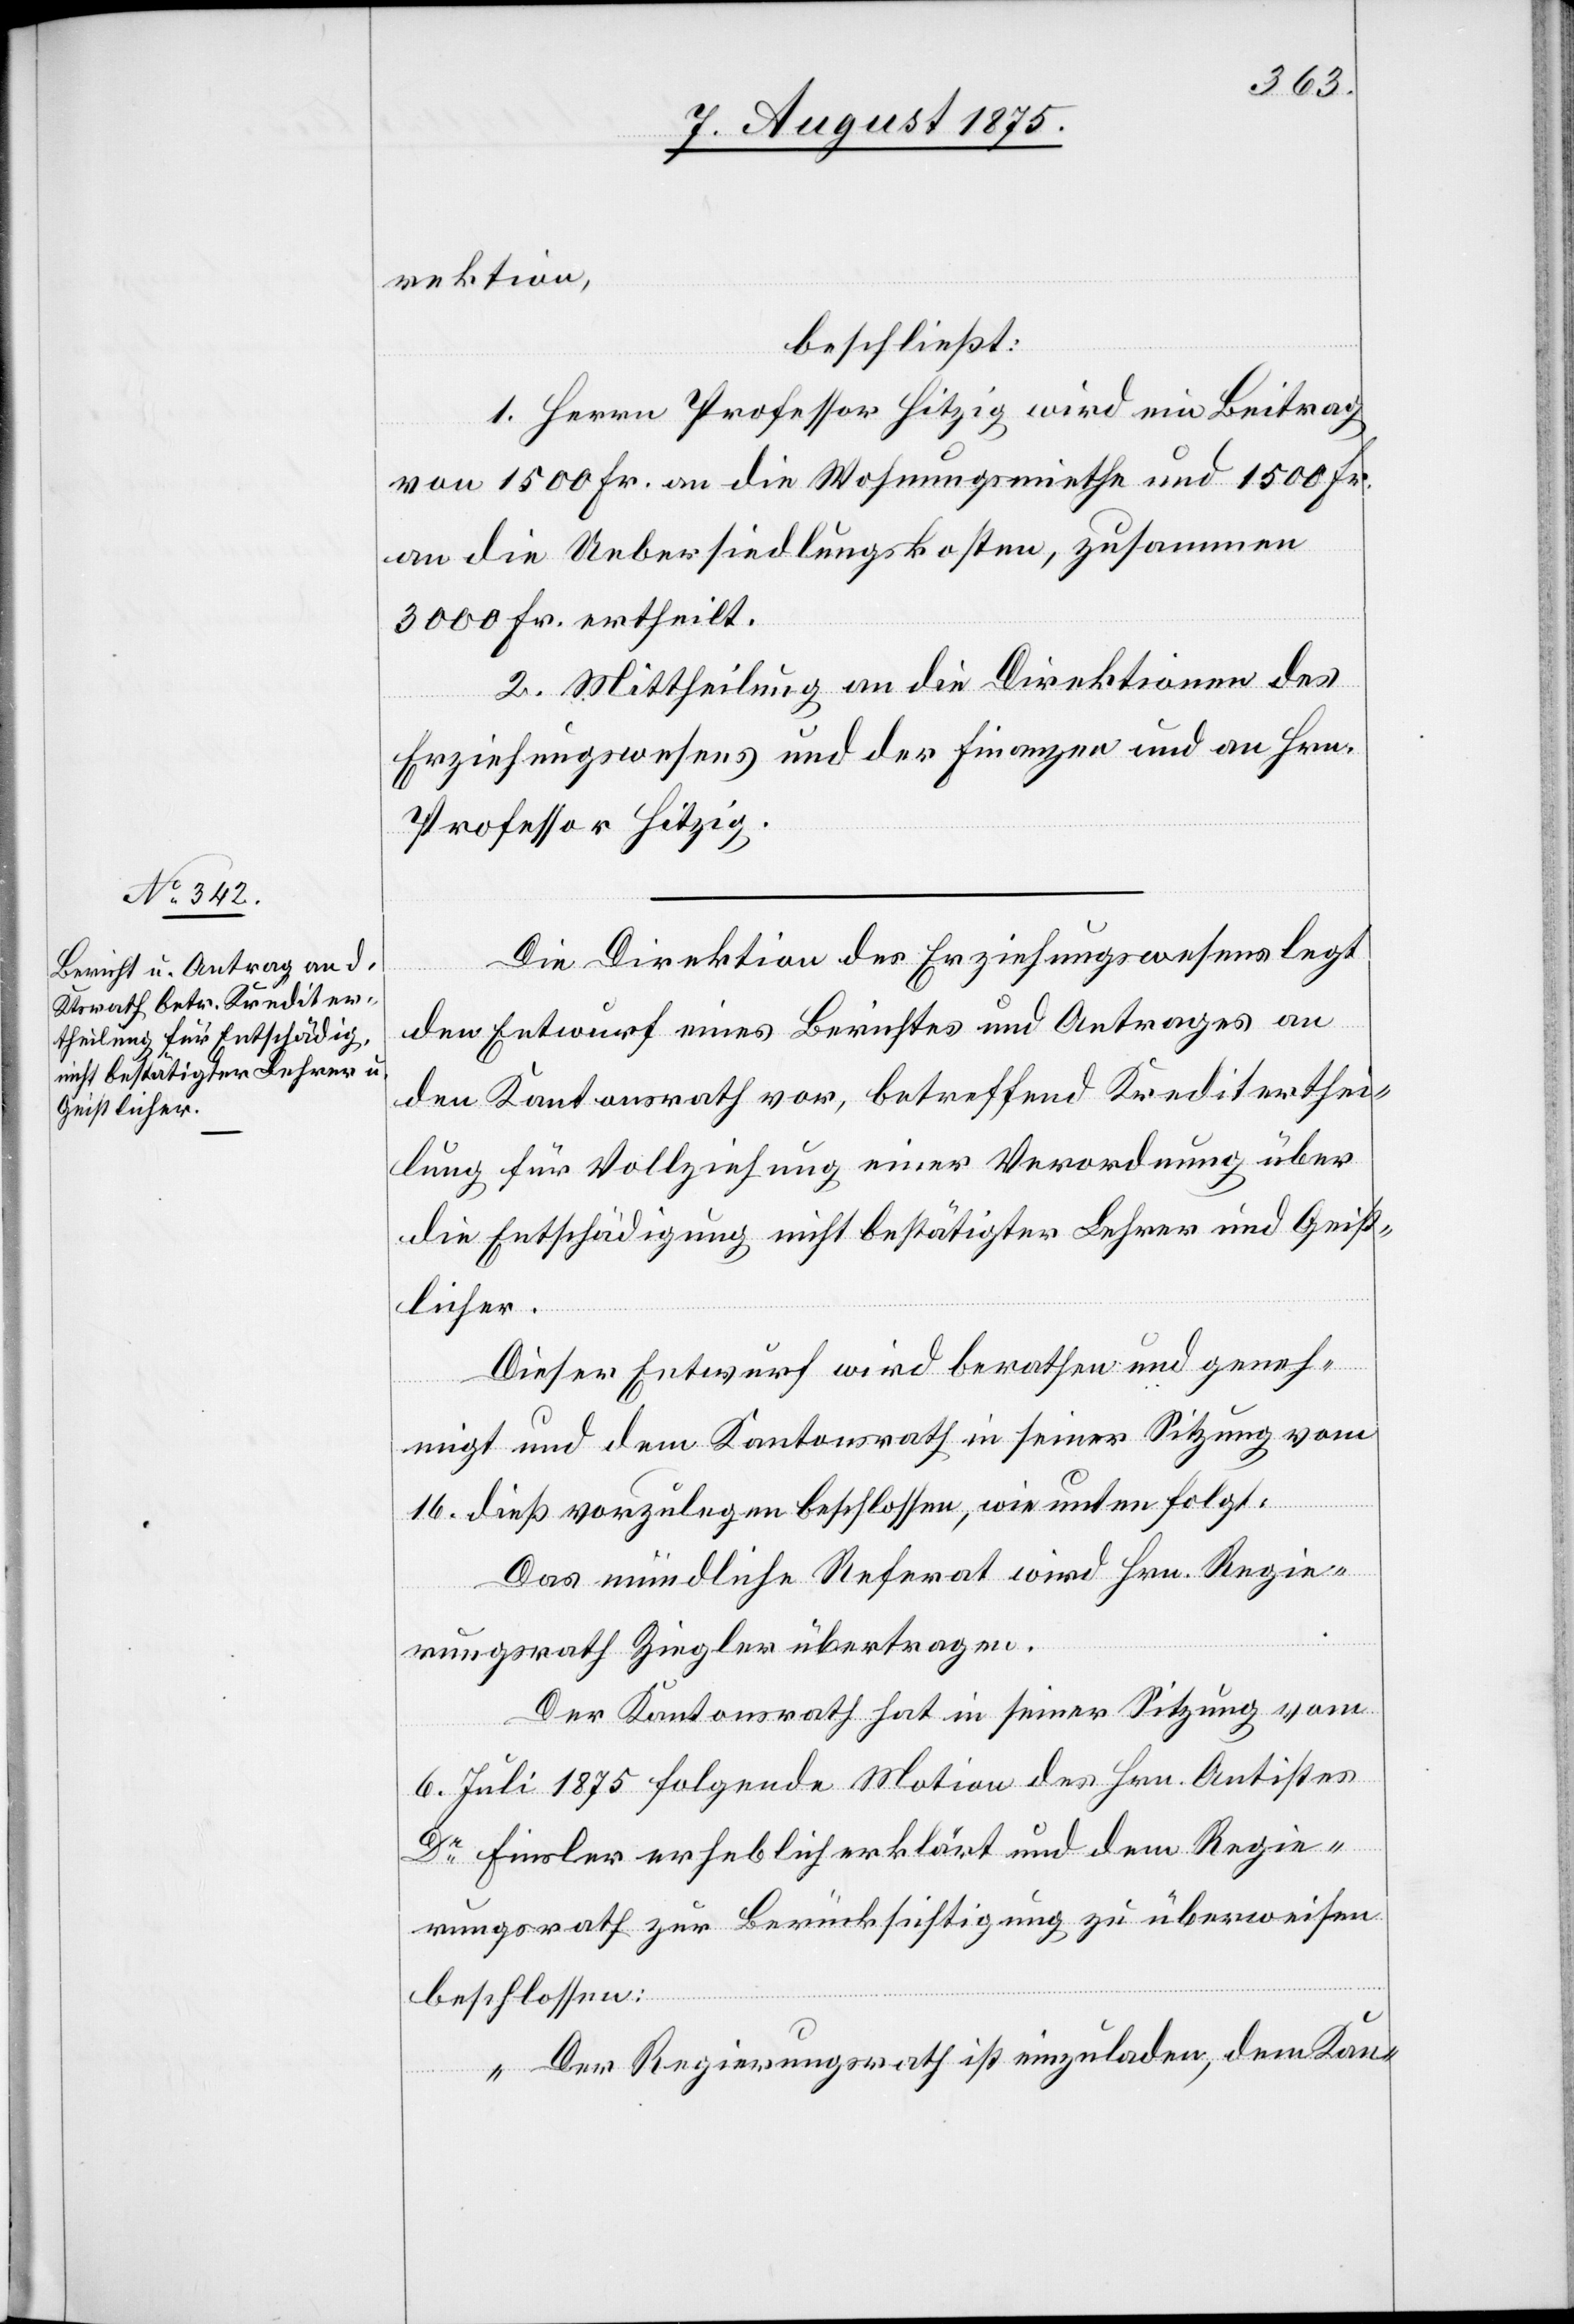
rektion,
beschließt:
1. Herrn Professor Hitzig wird ein Beitrag
von 1500 Fr. an die Wohnungsmiete und 1500 Fr.
an die Uebersiedlungskosten, zusammen
3000 Fr. ertheilt.
2. Mittheilung an die Direktionen des
Erziehungswesens und der Finanzen und an Hrn.
Professor Hitzig.
Die Direktion des Erziehungswesens legt
den Entwurf eines Berichtes und Antrages an
den Kantonsrath vor, betreffend Krediterthei¬
lung für Vollziehung einer Verordnung über
die Entschädigung nicht bestätigter Lehrer und Geist¬
licher.
Dieser Entwurf wird berathen und geneh¬
migt und dem Kantonsrath in seiner Sitzung vom
16. dieß vorzulegen beschlossen, wie unten folgt.
Das mündliche Referat wird Hrn. Regie¬
rungsrath Ziegler übertragen.
Der Kantonsrath hat in seiner Sitzung vom
6. Juli 1875 folgende Motion des Hrn. Antistes
Dr Finsler erheblich erklärt und dem Regie¬
rungsrath zur Berücksichtigung zu überweisen
beschlossen.
„Der Regierungsrath ist einzuladen, dem Kan-